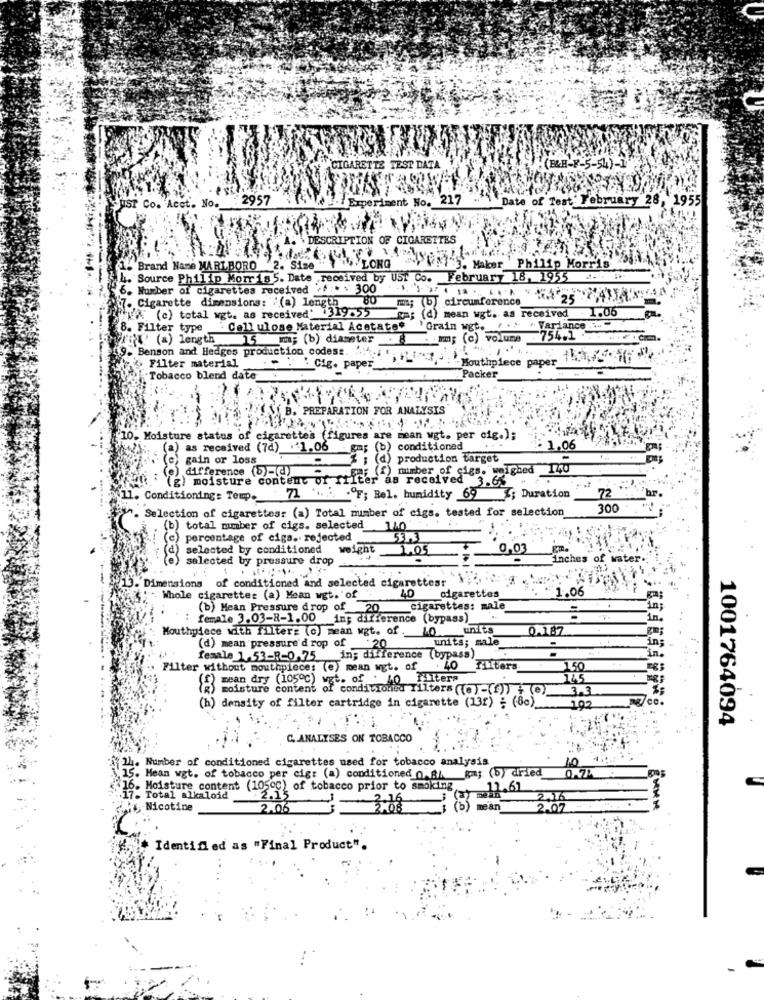
CIGARETTE TEST DATA
(B&H-F-5-54)-1'
UST Co. Acet. No. : 2957
Experiment No. 2
Date of Test' February 28, 1955
DESCRIPTION OF CIGARETTES
1. Brand Name MARLBORO 2. Size 1 LONG
Mi 3. Maker Philip Morris
4. Source Philip Morris 5. Date received by UST Co. February 18, 1955
6. Number of cigarettes received .f . : 300
80
circumference_
Cigarette dimensions: ' (a) length
(c) total wgt. as received' 319.55
gm; (d) mean wgt. as received . 1.06
8. Filter type : Cellulose Material Acetate* 'Grain wgt. ... . Variance ...
L' (a) length
15 mm; (b) diameter . 8 . mm; (c) volume
. 754.1
Com.
9. Benson and Hedges production codese.
Mouthpiece paper 1 71;
Filter material
... ' Cig. paper_
Tobacco blend date
Packer
21SB. PREPARATION FOR ANALYSIS
10. Moisture status of cigarettes (figures are mean wgt. per cig.);
(a) as received (7d) . 1.06 gm; (b) conditioned
1.06
(e) gain or loss
% ; (d) production target
-
(e) difference (b)-(d)
() mimber of cigs. weighed 1440
(g) moisture content of fifth
TIter as received 3.6.
72
hr
Conditioning: Temp.
71 .5 .ºF; Bel. humidity 69 ; Duration
Selection of cigarettes: (a) Total number of cigs. tested for selection
300
(b) total number of cigs. selected
percentage of ciga. rejected
selected by conditioned
weight 1.05
0,03
selected by pressure drop
inches of water.
Dimensions of conditioned and selected cigarettesr
40
1.06
Whole cigarettes (a) Mean wgt. of
cigarettes_
(b) Mean Pressure drop of 20
cigarettes: male
in;
female 3.03-R-1.00 in; difference (bypass)_
Mouthpiece with filters (c) mean wgt. of
10 units
0.187
units; male
-
(d) mean pressure'd rop of
20
female 1.53-R-0.75_in; difference (bypass)
Filter without mouthpiece: (e) mean wgt. of
. 40 Filters
150
(f) mean dry (1050℃) wgt. of :
145
moisture content of conditioned Tilters ((0)-()))
3.3
ag/ce.
(h) density of filter cartridge in cigarette (132) ; (80) 192
1001764094
C. ANALYSES ON TOBACCO
h. Number of conditioned cigarettes used for tobacco analysis
10
15. Mean wgt. of tobacco per cig: (a) conditioned 0, 8/ gm; (b) dried
16. Moisture content (1050℃) of tobacco prior to smoking
11.61
17. Total alkaloid
2.15
3.16
2.16
Nicotine
2.06
mean
2.02
+ Identified as "Final Product".